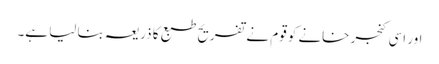
اور اسی کنجر خانے کو قوم نے تفریح طبع کا ذریعہ بنا لیا ہے۔